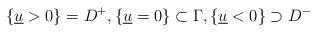
LaTeX: \begin{align*}\{ \underline{u}>0 \}=D^+, \{ \underline{u}=0 \} \subset \Gamma, \{ \underline{u}<0 \} \supset D^- \end{align*}